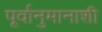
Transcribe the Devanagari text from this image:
पूर्वानुमानाशी